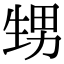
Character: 甥